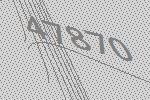
47870